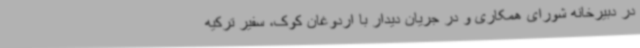
در دبیرخانه شورای همکاری و در جریان دیدار با اردوغان کوک، سفیر ترکیه